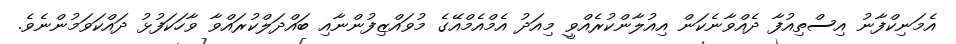
އެމަނިކްފާނު އިސްތިއުފާ ދެއްވާނެކަން އިއުލާންކުރެއްވީ މިއަދު އެމްއެމްއޭގެ މުވައްޒިފުންނާއި ބައްދަލްކުރައްވާ ވާހަކަފުޅު ދައްކަވަމުންނެވެ.